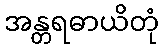
အန္တရဓာယိတုံ